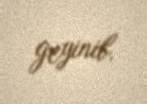
geyinib.